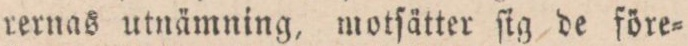
rernas utnämning, motſätter ſig de före=